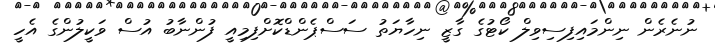
ނުނެރެން ނިންމައިފިސިވިލް ކޯޓުގެ ގާޒީ ނިހާޔަތު ސަސްޕެންޑްކޮށްފިމިއީ ފުންނާބު އުސް ވަކީލުންގެ އެހީ